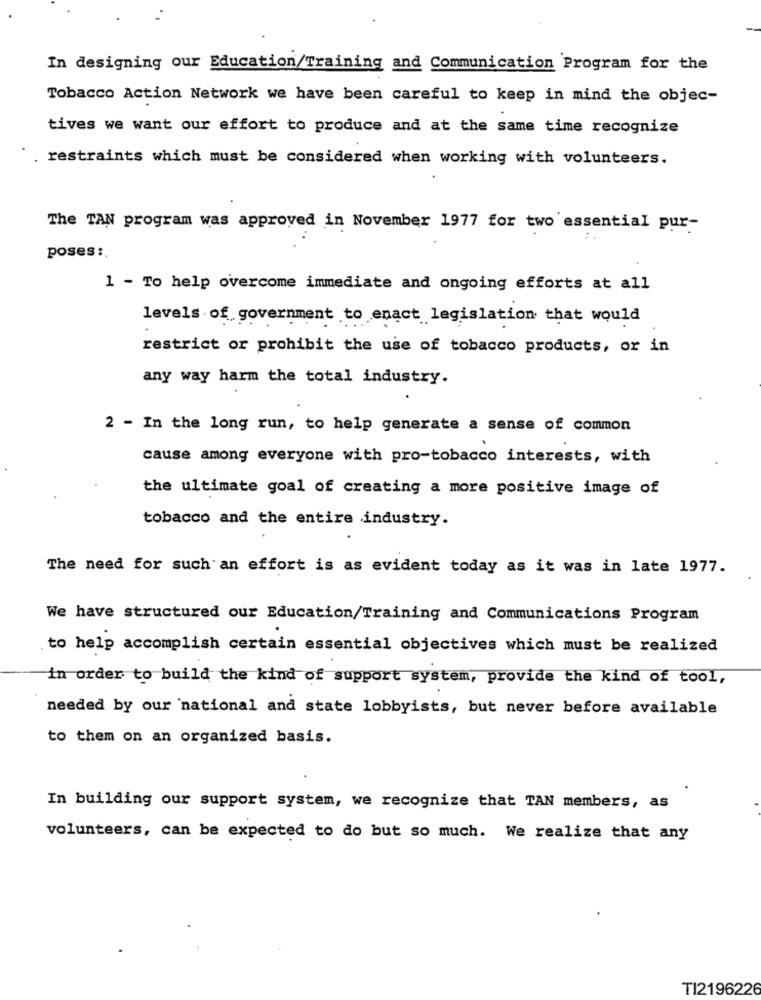
In designing our Education/Training and Communication Program for the
Tobacco Action Network we have been careful to keep in mind the objec-
tives we want our effort to produce and at the same time recognize
restraints which must be considered when working with volunteers.
The TAN program was approved in November 1977 for two essential pur-
:.
poses :.
1 - To help overcome immediate and ongoing efforts at all
levels of government to enact legislation that would
restrict or prohibit the use of tobacco products, or in
any way harm the total industry.
2 - In the long run, to help generate a sense of common
cause among everyone with pro-tobacco interests, with
the ultimate goal of creating a more positive image of
tobacco and the entire industry.
The need for such an effort is as evident today as it was in late 1977.
We have structured our Education/Training and Communications Program
to help accomplish certain essential objectives which must be realized
in order to build the kind of support system, provide the kind of tool,
needed by our national and state lobbyists, but never before available
to them on an organized basis.
In building our support system, we recognize that TAN members, as
volunteers, can be expected to do but so much. We realize that any
TI2196226